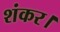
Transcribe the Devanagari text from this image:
शंकर।